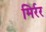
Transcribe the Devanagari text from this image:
मिर्रर